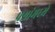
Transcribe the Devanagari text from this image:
प्रश्नांमध्ये